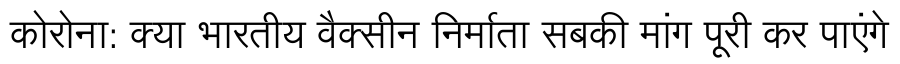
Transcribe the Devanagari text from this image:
कोरोना: क्या भारतीय वैक्सीन निर्माता सबकी मांग पूरी कर पाएंगे